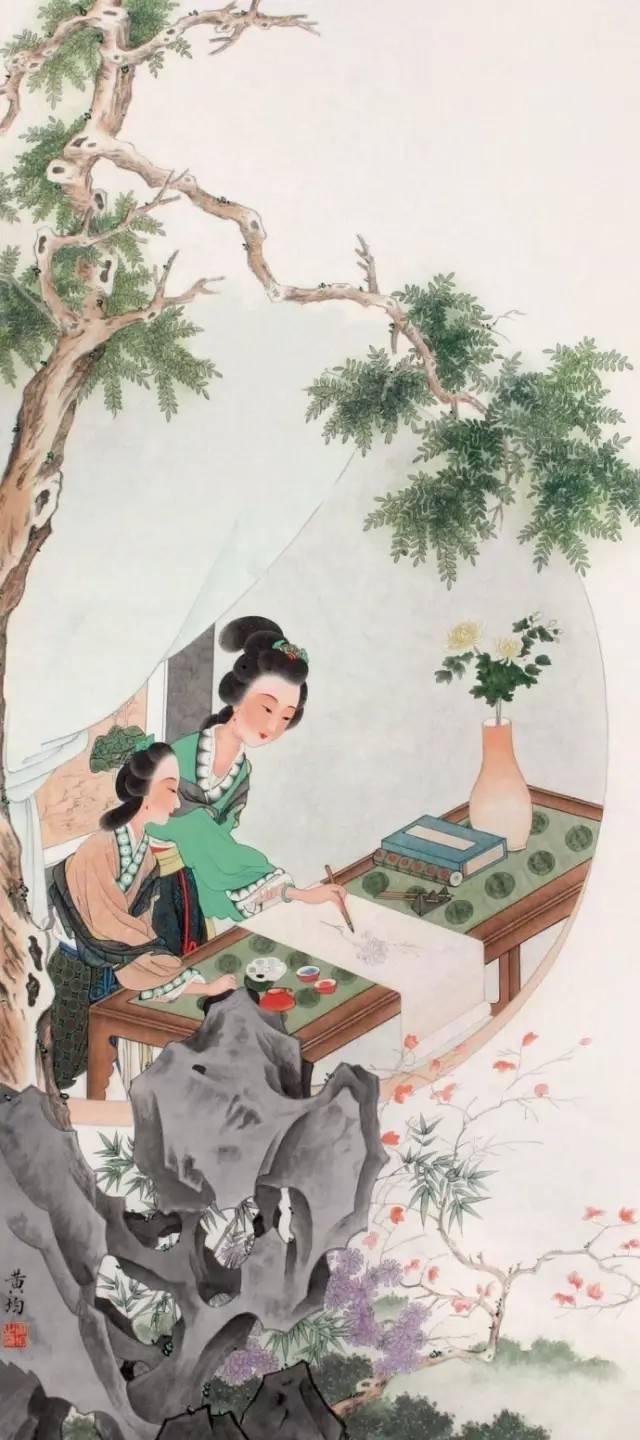
中庭月色正清明，无数杨花过无影。